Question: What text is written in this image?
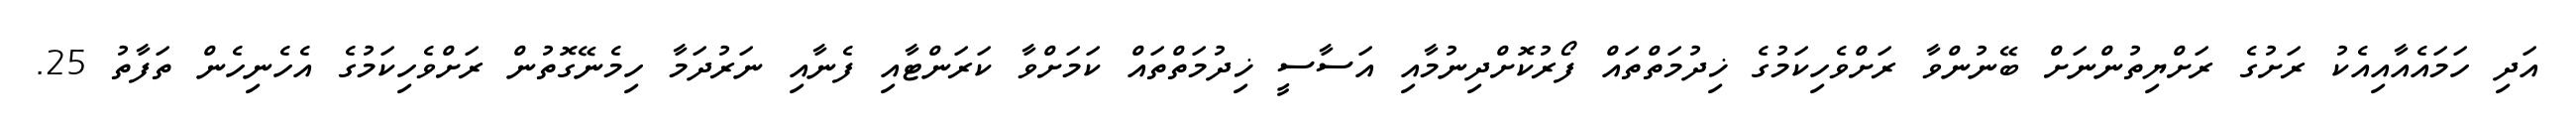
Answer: އަދި ހަމައެއާއިއެކު ރަށުގެ ރަށްޔިތުންނަށް ބޭނުންވާ ރަށްވެހިކަމުގެ ޚިދުމަތްތައް ފޯރުކޮށްދިނުމާއި އަސާސީ ޚިދުމަތްތައް ކަމަށްވާ ކަރަންޓާއި ފެނާއި ނަރުދަމާ ހިމެނޭގޮތުން ރަށްވެހިކަމުގެ އެހެނިހެން ތަފާތު 25.